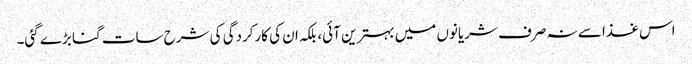
اس غذا سے نہ صرف شریانوں میں بہترین آئی، بلکہ ان کی کارکردگی کی شرح سات گنا بڑے گئی۔